Indian journal of veterinary science and animal husbandry - Volume 7,
Year: 1937
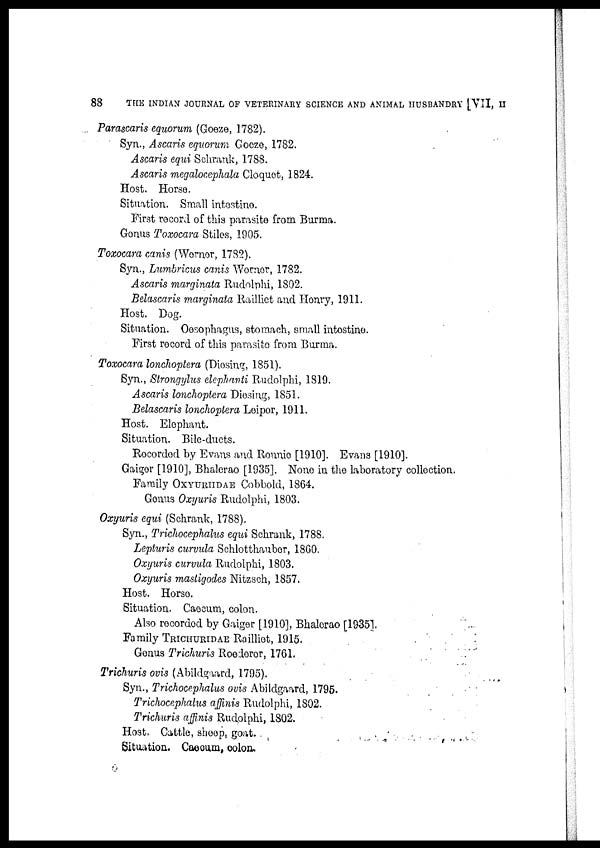
88
THE INDIAN JOURNAL OF VETERINARY SCIENCE AND ANIMAL HUSBANDRY [VII, II
Parascaris equorum (Goeze, 1782).
Syn., Ascaris equorum Goeze, 1782.
Ascaris equi Schrank, 1788.
Ascaris megalocephala Cloquet, 1824.
Host. Horse.
Situation. Small intestine.
First record of this parasite from Burma.
Genus Toxocara Stiles, 1905.
Toxocara canis (Werner, 1782).
Syn., Lumbricus canis Werner, 1782.
Ascaris marginata Rudolphi, 1802.
Belascaris marginata Railliet and Henry, 1911.
Host. Dog.
Situation. Oesophagus, stomach, small intestine.
First record of this parasite from Burma.
Toxocara lonchoptera (Diosing, 1851).
Syn., Strongylus elephanti Rudolphi, 1819.
Ascaris lonchoptera Diesing, 1851.
Belascaris lonchoptera Leiper, 1911.
Host. Elephant.
Situation. Bile-ducts.
Recorded by Evans and Ronnie [1910]. Evans [1910].
Gaiger [1910], Bhalerao [1935]. None in the laboratory collection.
Family OXYURIIDAE Cobbold, 1864.
Genus Oxyuris Rudolphi, 1803.
Oxyuris equi (Schrank, 1788).
Syn., Trichocephalus equi Schrank, 1788.
Lepturis curvula Schlotthaubor, 1860.
Oxyuris curvula Rudolphi, 1803.
Oxyuris mastigodes Nitzsch, 1857.
Host. Horse.
Situation. Caecum, colon.
Also recorded by Gaiger [1910], Bhalerao [1935]
Family TRICHURIDAE Railliet, 1915.
Genus Trichuris Roederor, 1761.
Trichuris ovis (Abildgaard, 1795).
Syn., Trichocephalus ovis Abildgaard, 1795.
Trichocephalus affinis Rudolphi, 1802.
Trichuris affinis Rudolphi, 1802.
Host, Cattle, sheep goat.
Situation. Caecum, colon.